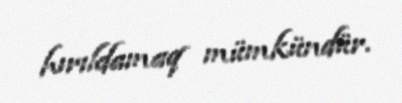
hırıldamaq mümkündür.